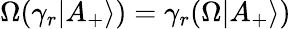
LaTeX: \Omega(\gamma_{r}|A_{+}\rangle)=\gamma_{r}(\Omega|A_{+}\rangle)